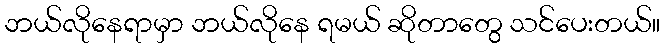
ဘယ်လိုနေရာမှာ ဘယ်လိုနေ ရမယ် ဆိုတာတွေ သင်ပေးတယ်။